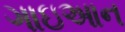
ગાઇઆન